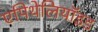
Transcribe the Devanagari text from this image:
एपिथेलियॉइड